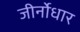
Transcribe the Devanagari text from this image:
जीर्नोधार